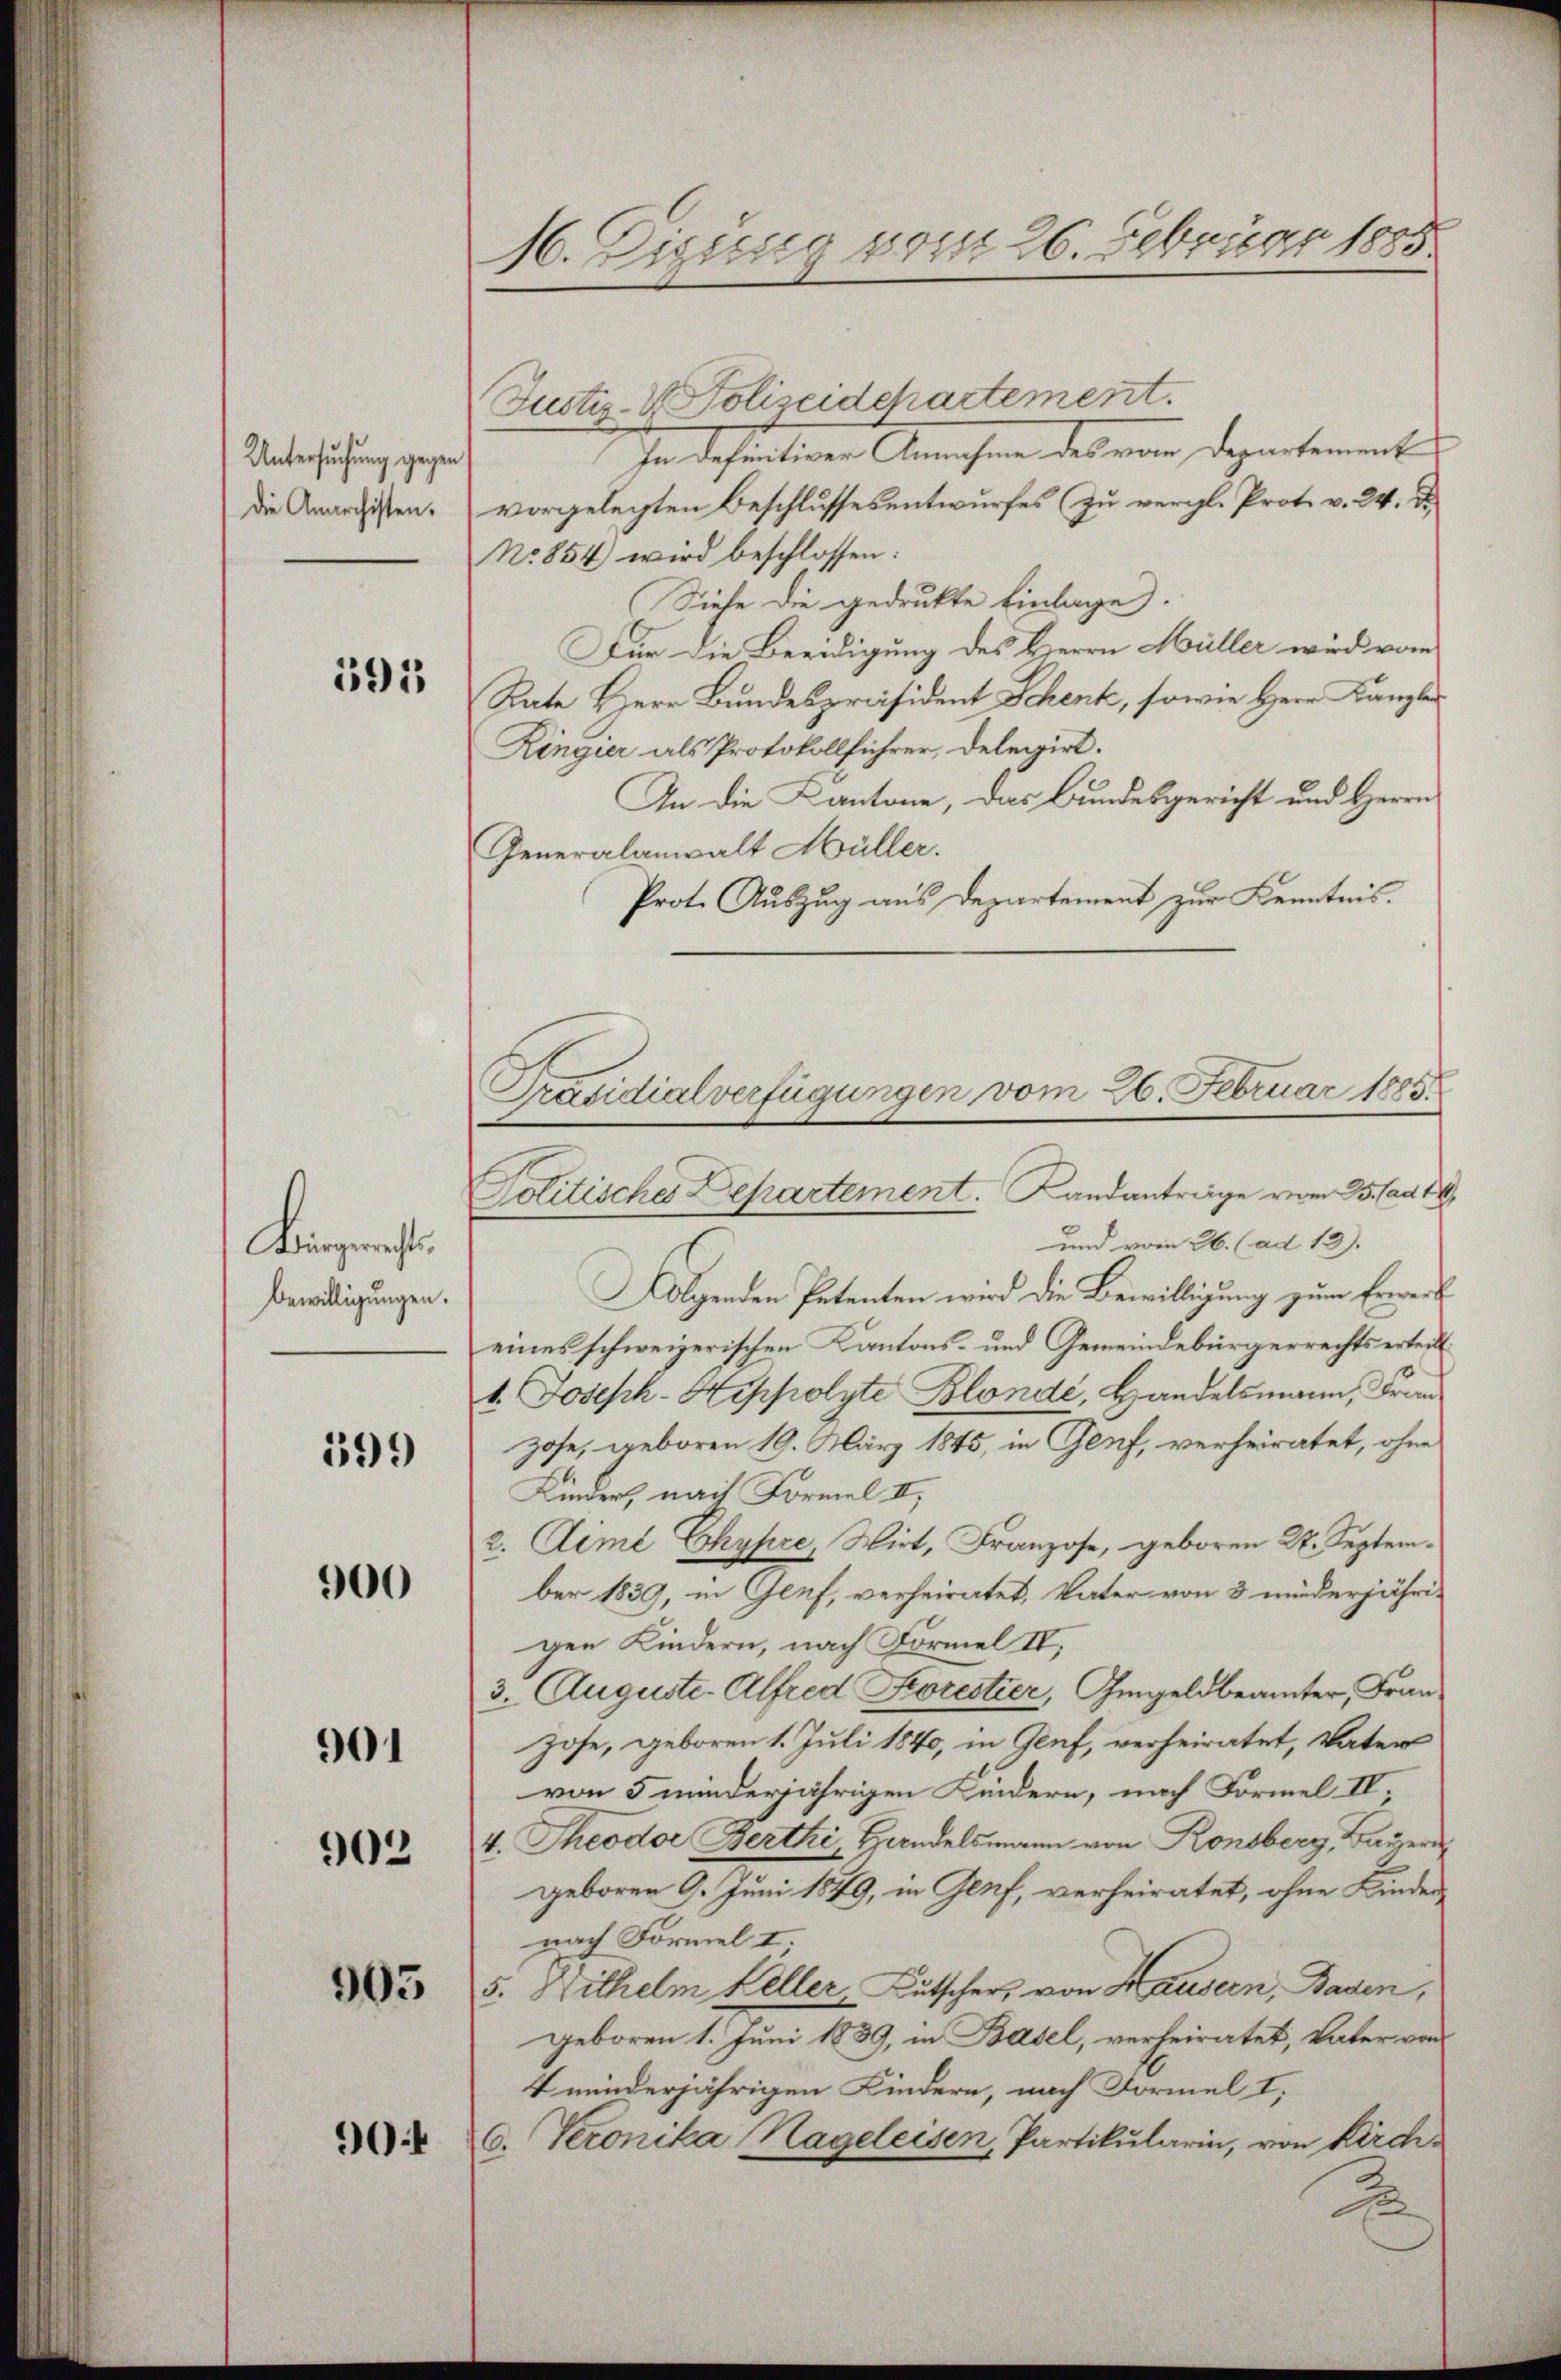
Untersuchung gegen
die Anarchisten.

591

Bürgerechts
Bewilligungen.

599

900

901

902

903

904

16. Diszig vom 26. Februar 1885

Justiz- & Polizeidchartement.
In definitiver Annahme des von Departement
vorgelegten Beschlussesentwurfes (zu vergl. Prot. v. 24. D
No 854) wird beschlossen:
Siehe die gedrukte Einlage.
Für die Beeidigung des Herrn Müller wird vom
Rate Herr Bundespräsident Schenk, sowie Herr Kanzler
Ringier als Protokollführer, Delegirt.
An die Kantone, das Bundesgericht und Herrn
Generalanwalt Müller.
Prot. Auszug aus Departement zur Kenntnis.
Politisches Departement. Landantrage vom 23. ad 18
und vom 26. (ad 13.
Folgenden Petenten wird die Bewilligung zum Erwerk
eines schweizerischen Kantons- und Gemeindebürgerrechts erteilt.
t. Joseph-Hippolyte Blonde, Handelsmann, Frau
zose, geboren 19. März 1845, in Genf, verheiratet, ohne
Kinder, nach Formel II.,
2. Aemé Chypre, Wirt, Franzose, geboren 27. September 1839, in Genf, verheiratet, Vater von 3 widerjährigen Kindern, nach Formel IV,
3. Auguste. Alfred Fiorestier, Gmgeldbeamter, Fran
hose, geboren 1. Juli 1840, in Genf, verheiratet, Vater
von 5 minderjährigen Kindern, nach Formel II,
4. Theodor Berthi, Handelsmann von Konsberg, Bayern,
geboren 9. Juni 1849, in Genf, verheiratet, ohne Kinder
nach Formel I.
5. Wilhelm Keller Bütscher, von Hausern, Baden,
geboren 1. Juni 1839, in Basel, verheiratet, Vater von
4 minderjährigen Kindern, nach Formel I,
6. Veronika Hageleisen, Partikularin, von Kirch¬
J

Präsidialverfügungen vom 26. Februar 1885.